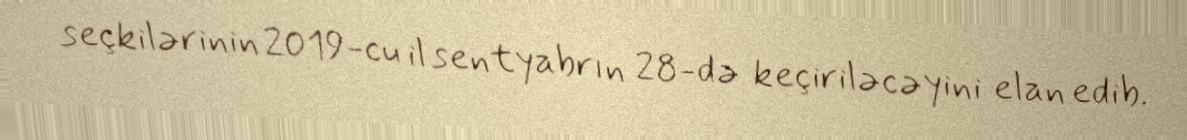
seçkilərinin 2019-cu il sentyabrın 28-də keçiriləcəyini elan edib.